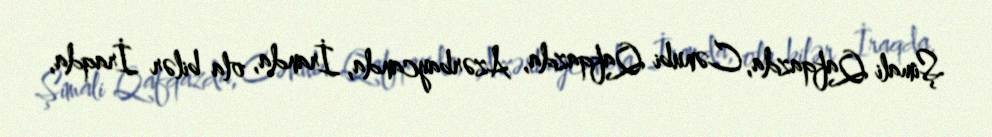
Şimali Qafqazda, Cənubi Qafqazda, Azərbaycanda, İranda, ola bilər İraqda,